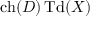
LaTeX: \operatorname { c h } ( D ) \operatorname { T d } ( X )